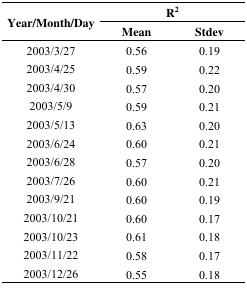
| <ROWSPAN=3> Year/Month/Day | <COLSPAN=2> R2 |
 | Mean | Stdev |
 | --- | --- | --- |
 | 2003/3/27 | 0.56 | 0.19 |
 | 2003/4/25 | 0.59 | 0.22 |
 | 2003/4/30 | 0.57 | 0.20 |
 | 2003/5/9 | 0.59 | 0.21 |
 | 2003/5/13 | 0.63 | 0.20 |
 | 2003/6/24 | 0.60 | 0.21 |
 | 2003/6/28 | 0.57 | 0.20 |
 | 2003/7/26 | 0.60 | 0.21 |
 | 2003/9/21 | 0.60 | 0.19 |
 | 2003/10/21 | 0.60 | 0.17 |
 | 2003/10/23 | 0.61 | 0.18 |
 | 2003/11/22 | 0.58 | 0.17 |
 | 2003/12/26 | 0.55 | 0.18 |